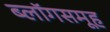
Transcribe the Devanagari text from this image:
ब्लॉगसमूह